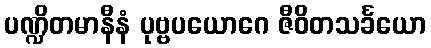
ပဏ္ဍိတမာနီနံ ပုဗ္ဗပယောဂေ ဇီဝိတသင်္ခယော